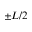
\pm L / 2